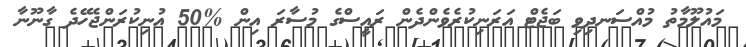
މައުލޫމާތު މުއްސަނދިވި ބަޖެޓް އަރަނިކުރެވެންދެން ރައީސްގެ މުސާރަ އިން %50 އުނިކުރަންޖެހޭދެ ގާނޫނާ